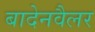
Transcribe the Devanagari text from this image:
बादेनवैलर